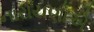
નારાયણોએ